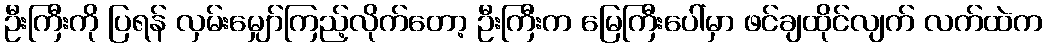
ဦးကြီးကို ပြရန် လှမ်းမျှော်ကြည့်လိုက်တော့ ဦးကြီးက မြေကြီးပေါ်မှာ ဖင်ချထိုင်လျက် လက်ထဲက